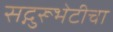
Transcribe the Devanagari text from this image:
सद्गुरूभेटीचा